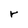
Character: r